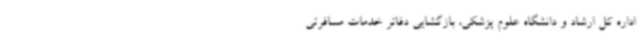
اداره کل ارشاد و دانشگاه علوم پزشکی، بازگشایی دفاتر خدمات مسافرتی